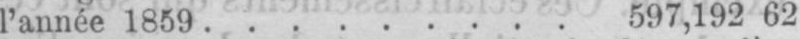
l’année 1859 ......... 597,192 62